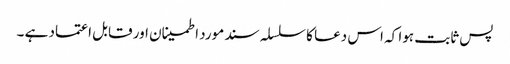
پس ثابت ہوا کہ اس دعا کا سلسلہ سند مورد اطمینان اور قابل اعتماد ہے ۔